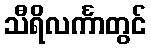
သီရိလင်္ကာတွင်